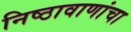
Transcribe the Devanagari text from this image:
निष्ठावाणांचा